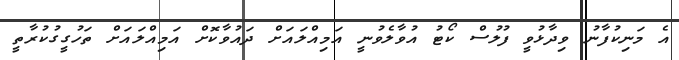
އެ މަނިކުފާނު ވިދާޅުވީ ފުލުސް ކޯޓު އުވާލެވުނީ އަމިއްލައަށް ދައުވާކޮށް އަމިއްލައަށް ތަހުގީގުކުރާތީ